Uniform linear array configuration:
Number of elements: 4
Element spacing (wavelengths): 0.75
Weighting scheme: kaiser
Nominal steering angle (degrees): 30
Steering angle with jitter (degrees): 29.719
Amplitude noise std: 0.05
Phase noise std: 0.05

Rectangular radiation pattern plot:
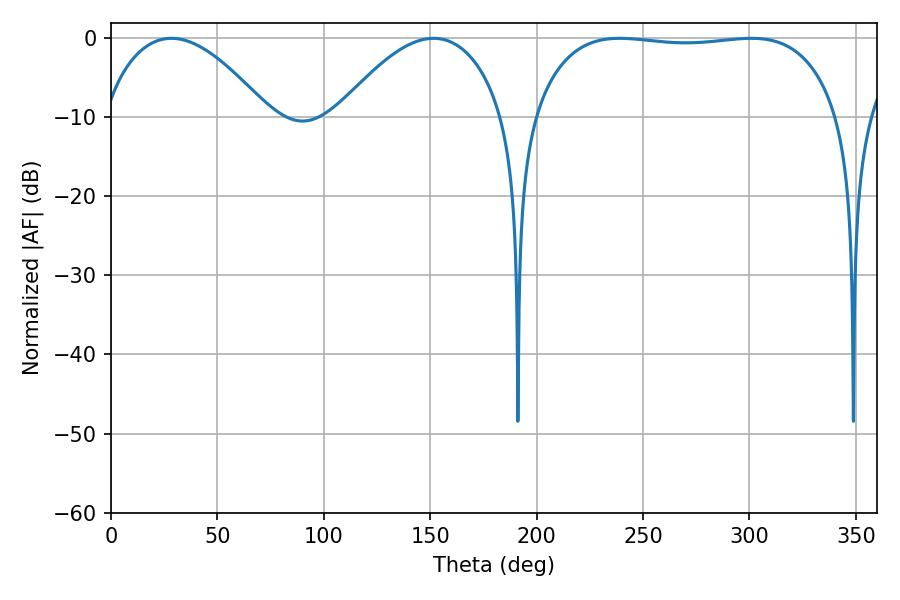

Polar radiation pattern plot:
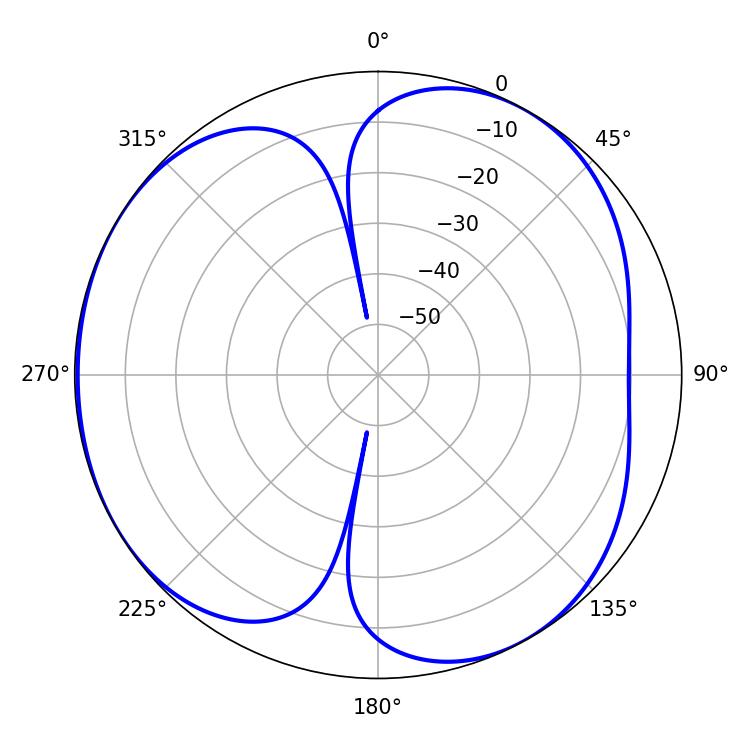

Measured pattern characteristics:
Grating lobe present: TRUE
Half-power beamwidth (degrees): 114.12
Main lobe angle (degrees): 239.04